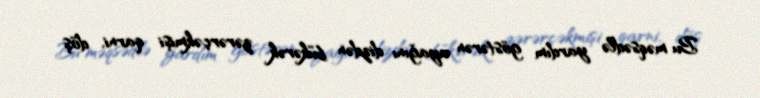
Bu məqsədlə yardım göstərən ayağını dizdən bükərək zərərçəkmişi qarni, döş